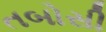
તબોસી